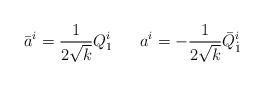
LaTeX: \begin{align*}\bar a^i= {1 \over 2\sqrt{k}} Q_{1}^i \ \ \ \ \ a^i=-{1 \over 2\sqrt{k}} \bar Q_{\dot 1}^i\end{align*}